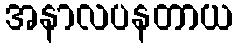
အနာလပနတာယ